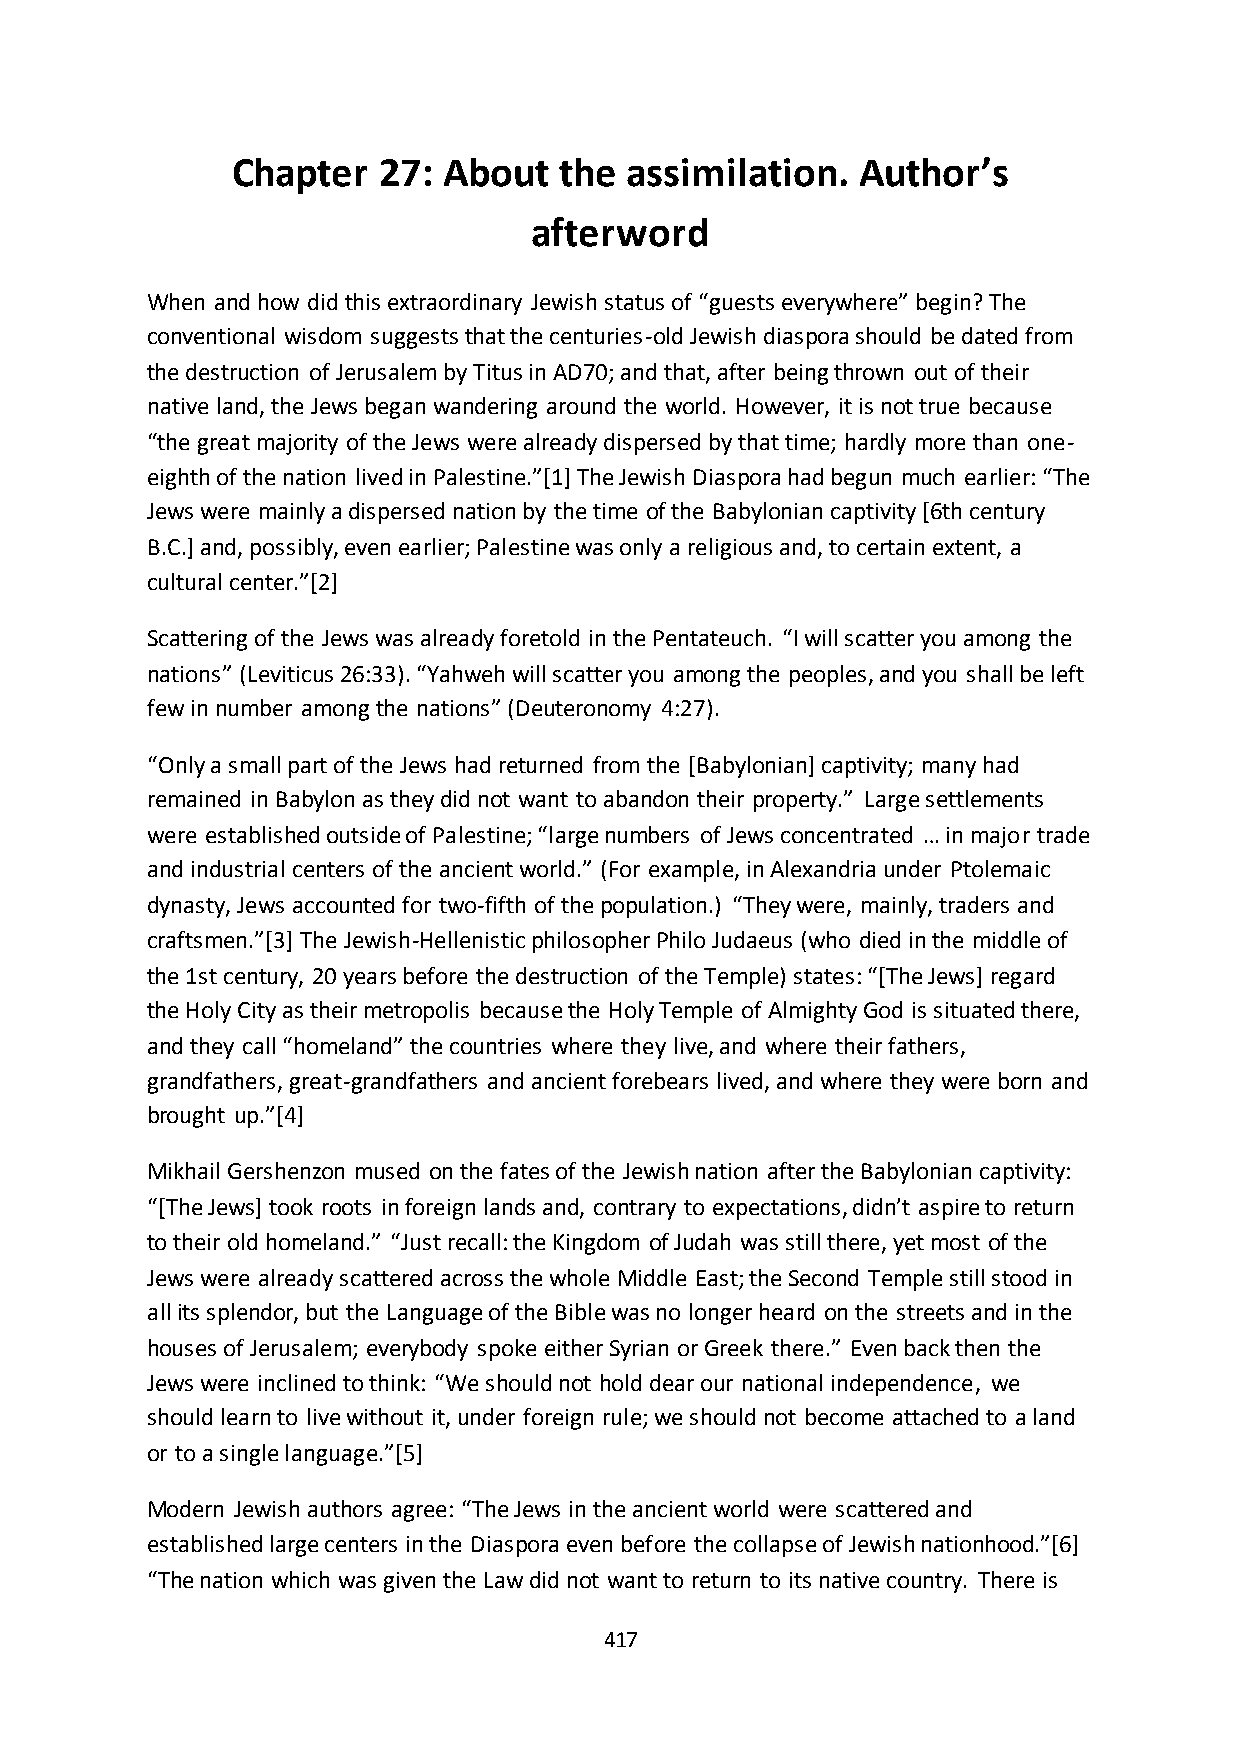
Chapter   27: About   the assimilation.   Author’s
 afterword
 When and how did this extraordinary Jewish status of “guests everywhere” begin? The
 conventional wisdom suggests that the centuries-old Jewish diaspora should be dated from
 the destruction of Jerusalem by Titus in AD70; and that, after being thrown out of their
 native land, the Jews began wandering around the world. However, it is not true because
 “the great majority of the Jews were already dispersed by that time; hardly more than one-
 eighth of the nation lived in Palestine.”*1+ The Jewish Diaspora had begun much earlier: “The
 Jews were mainly a dispersed nation by the time of the Babylonian captivity [6th century
 B.C.] and, possibly, even earlier; Palestine was only a religious and, to certain extent, a
 cultural center.”*2+
 Scattering of the Jews was already foretold in the Pentateuch. “I will scatter you among the
 nations” (Leviticus 26:33). “Yahweh will scatter you among the peoples, and you shall be left
 few in number among the nations” (Deuteronomy 4:27).
 “Only a small part of the Jews had returned from the [Babylonian] captivity; many had
 remained in Babylon as they did not want to abandon their property.” Large settlements
 were established outside of Palestine; “large numbers of Jews concentrated … in major trade
 and industrial centers of the ancient world.” (For example, in Alexandria under Ptolemaic
 dynasty, Jews accounted for two-fifth of the population.) “They were, mainly, traders and
 craftsmen.”*3+ The Jewish-Hellenistic philosopher Philo Judaeus (who died in the middle of
 the 1st century, 20 years before the destruction of the Temple) states: “*The Jews+ regard
 the Holy City as their metropolis because the Holy Temple of Almighty God is situated there,
 and they call “homeland” the countries where they live, and where their fathers,
 grandfathers, great-grandfathers and ancient forebears lived, and where they were born and
 brought up.”*4+
 Mikhail Gershenzon mused on the fates of the Jewish nation after the Babylonian captivity:
 “*The Jews+ took roots in foreign lands and, contrary to expectations, didn’t aspire to return
 to their old homeland.” “Just recall: the Kingdom of Judah was still there, yet most of the
 Jews were already scattered across the whole Middle East; the Second Temple still stood in
 all its splendor, but the Language of the Bible was no longer heard on the streets and in the
 houses of Jerusalem; everybody spoke either Syrian or Greek there.” Even back then the
 Jews were inclined to think: “We should not hold dear our national independence, we
 should learn to live without it, under foreign rule; we should not become attached to a land
 or to a single language.”*5+
 Modern Jewish authors agree: “The Jews in the ancient world were scattered and
 established large centers in the Diaspora even before the collapse of Jewish nationhood.”*6+
 “The nation which was given the Law did not want to return to its native country. There is
 417